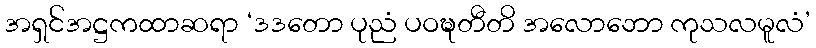
အရှင်အဋ္ဌကထာဆရာ ‘ဒဒတော ပုညံ ပဝဍ္ဎတီတိ အလောဘော ကုသလမူလံ’